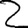
Digit: 2